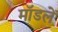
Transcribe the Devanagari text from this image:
मॉडलें